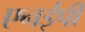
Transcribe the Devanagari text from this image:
एनईपी